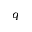
q